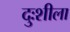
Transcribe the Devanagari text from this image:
दुःशीला